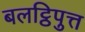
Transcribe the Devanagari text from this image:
बलट्ठिपुत्त